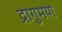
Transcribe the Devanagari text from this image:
द्रागुमया